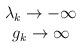
LaTeX: \begin{align*}\begin{array}{c} \lambda_k \rightarrow -\infty \\ g_k \rightarrow \infty \end{array}\end{align*}